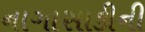
નાગાસાકીની